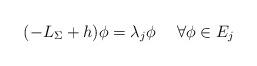
LaTeX: \begin{align*} (-L_{\Sigma} + h) \phi = \lambda_j \phi\ \ \ \ \forall \phi\in E_j \end{align*}